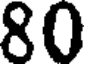
80